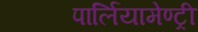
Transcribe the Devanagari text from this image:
पार्लियामेण्ट्री